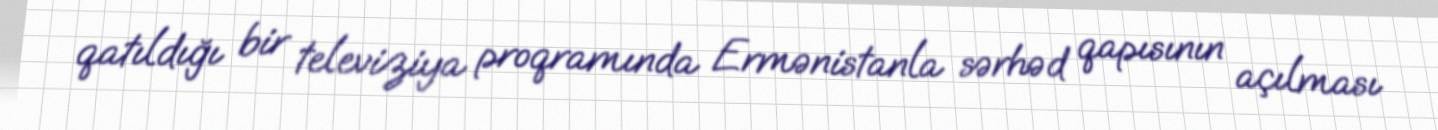
qatıldığı bir televiziya proqramında Ermənistanla sərhəd qapısının açılması